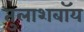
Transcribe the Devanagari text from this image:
तुलाशबॉय